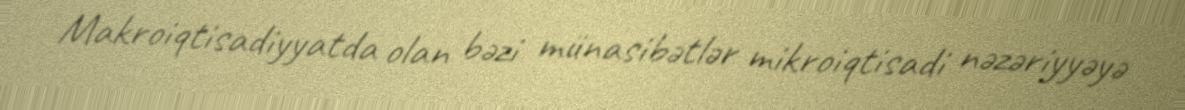
Makroiqtisadiyyatda olan bəzi münasibətlər mikroiqtisadi nəzəriyyəyə